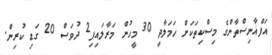
އަފްޣާނިސްތާންގެ މިސްކިތަކަށް ހަމަލާދީ 30 މީހުން މަރާލައިފި2 ދުވަސް 20 ގަޑި ކުރިން.